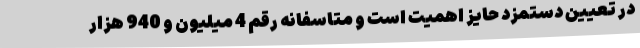
در تعیین دستمزد حایز اهمیت است و متاسفانه رقم 4 میلیون و 940 هزار